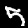
Label: 5